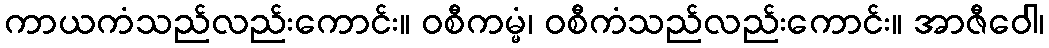
ကာယကံသည်လည်းကောင်း။ ဝစီကမ္မံ၊ ဝစီကံသည်လည်းကောင်း။ အာဇီဝေါ၊